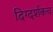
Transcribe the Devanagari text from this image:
दिग्दर्शकच